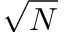
\sqrt { N }